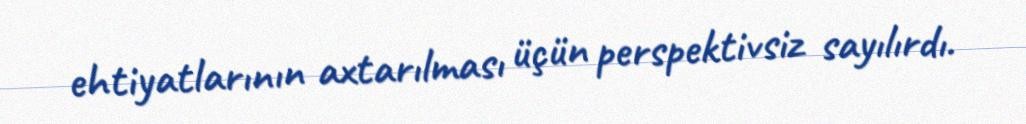
ehtiyatlarının axtarılması üçün perspektivsiz sayılırdı.